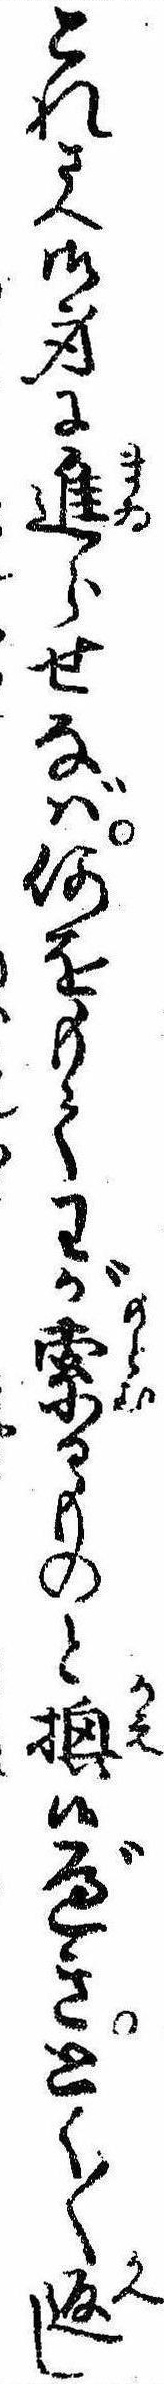
これさへ御身に進らせなば何をもてわが索るものと換侯べきとく〱返し